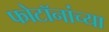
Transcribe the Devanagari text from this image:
फोटॉनांच्या